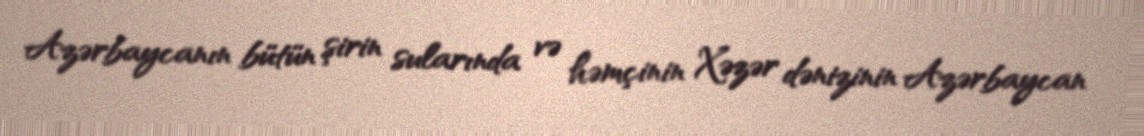
Azərbaycanın bütün şirin sularında və həmçinin Xəzər dənizinin Azərbaycan